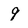
Character: 9